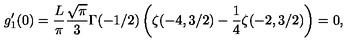
g _ { 1 } ^ { \prime } ( 0 ) = \frac { L } { \pi } \frac { \sqrt { \pi } } { 3 } \Gamma ( - 1 / 2 ) \left( \zeta ( - 4 , 3 / 2 ) - \frac { 1 } { 4 } \zeta ( - 2 , 3 / 2 ) \right) = 0 ,